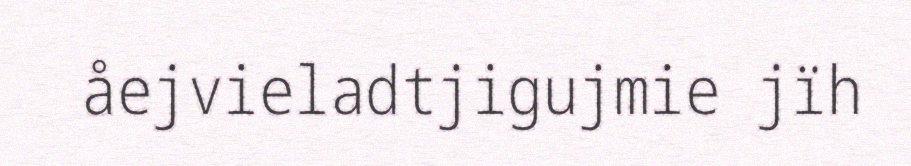
åejvieladtjigujmie jïh